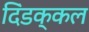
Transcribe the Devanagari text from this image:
दिंडक्कल